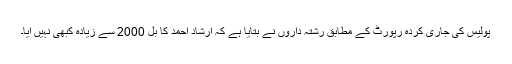
پولیس کی جاری کردہ رپورٹ کے مطابق رشتہ داروں نے بتایا ہے کہ ارشاد احمد کا بل 2000 سے زیادہ کبھی نہیں آیا۔